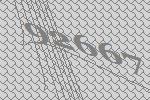
92667